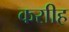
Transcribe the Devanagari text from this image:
कराीह